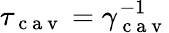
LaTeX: \tau_{\mathrm{~c~a~v~}}=\gamma_{\mathrm{~c~a~v~}}^{-1}